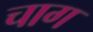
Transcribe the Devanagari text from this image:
चाग